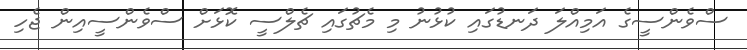
ސްވެންސީގެ އަމިއްލަ ދަނޑުގައި ކުޅުނު މި މެޗުގައި ޗެލްސީ ކޮޅަށް ސްވެންސީއިން ޖެހި